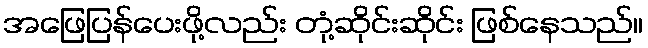
အဖြေပြန်ပေးဖို့လည်း တုံ့ဆိုင်းဆိုင်း ဖြစ်နေသည်။